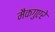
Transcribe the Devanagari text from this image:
मैकगुएरे